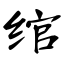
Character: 绾